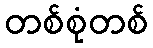
တစ်စုံတစ်